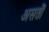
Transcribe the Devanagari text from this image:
असतॊ